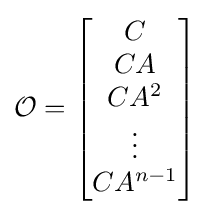
{\mathcal {O}}={\begin{bmatrix}C\\CA\\CA^{2}\\\vdots \\CA^{n-1}\end{bmatrix}}